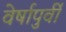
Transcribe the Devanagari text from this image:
वेर्षापुर्वी